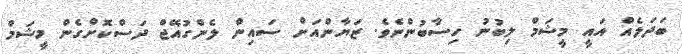
ބަދަލެއް އައީ މީޝަމް ލިބުނު ހިސާބުންނެވެ. ޒަޔާންއަށް ސައިން ލެންގުއޭޖް ދަސްކޮށްގެން މީޝަމް